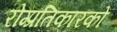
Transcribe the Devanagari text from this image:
रोग्प्रतिकारकों